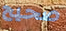
صحيح